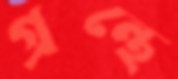
গ্রন্থে